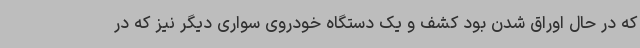
که در حال اوراق شدن بود کشف و یک دستگاه خودروی سواری دیگر نیز که در